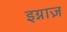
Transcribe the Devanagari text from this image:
इग्नाज़